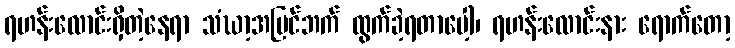
ရဟန်းလောင်းရှိတဲ့နေရာ သံဃာ့အပြင်ဘက် ထွက်ခဲ့ရတာပေါ့၊ ရဟန်းလောင်းနား ရောက်တော့